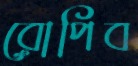
রোপিব